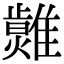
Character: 𤒂